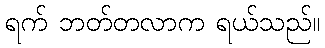
ရက် ဘတ်တလာက ရယ်သည်။